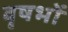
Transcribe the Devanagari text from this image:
वृषभों